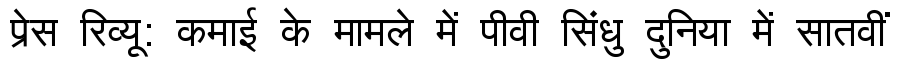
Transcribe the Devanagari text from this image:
प्रेस रिव्यू: कमाई के मामले में पीवी सिंधु दुनिया में सातवीं